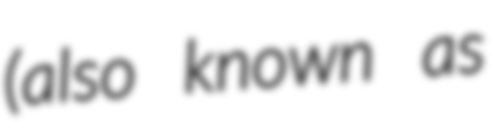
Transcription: (also known as